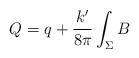
LaTeX: \begin{align*}Q =q+\frac{k'}{8\pi}\int_\Sigma B\end{align*}